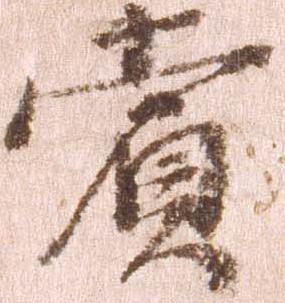
賞